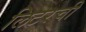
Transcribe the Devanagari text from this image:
लिटरची